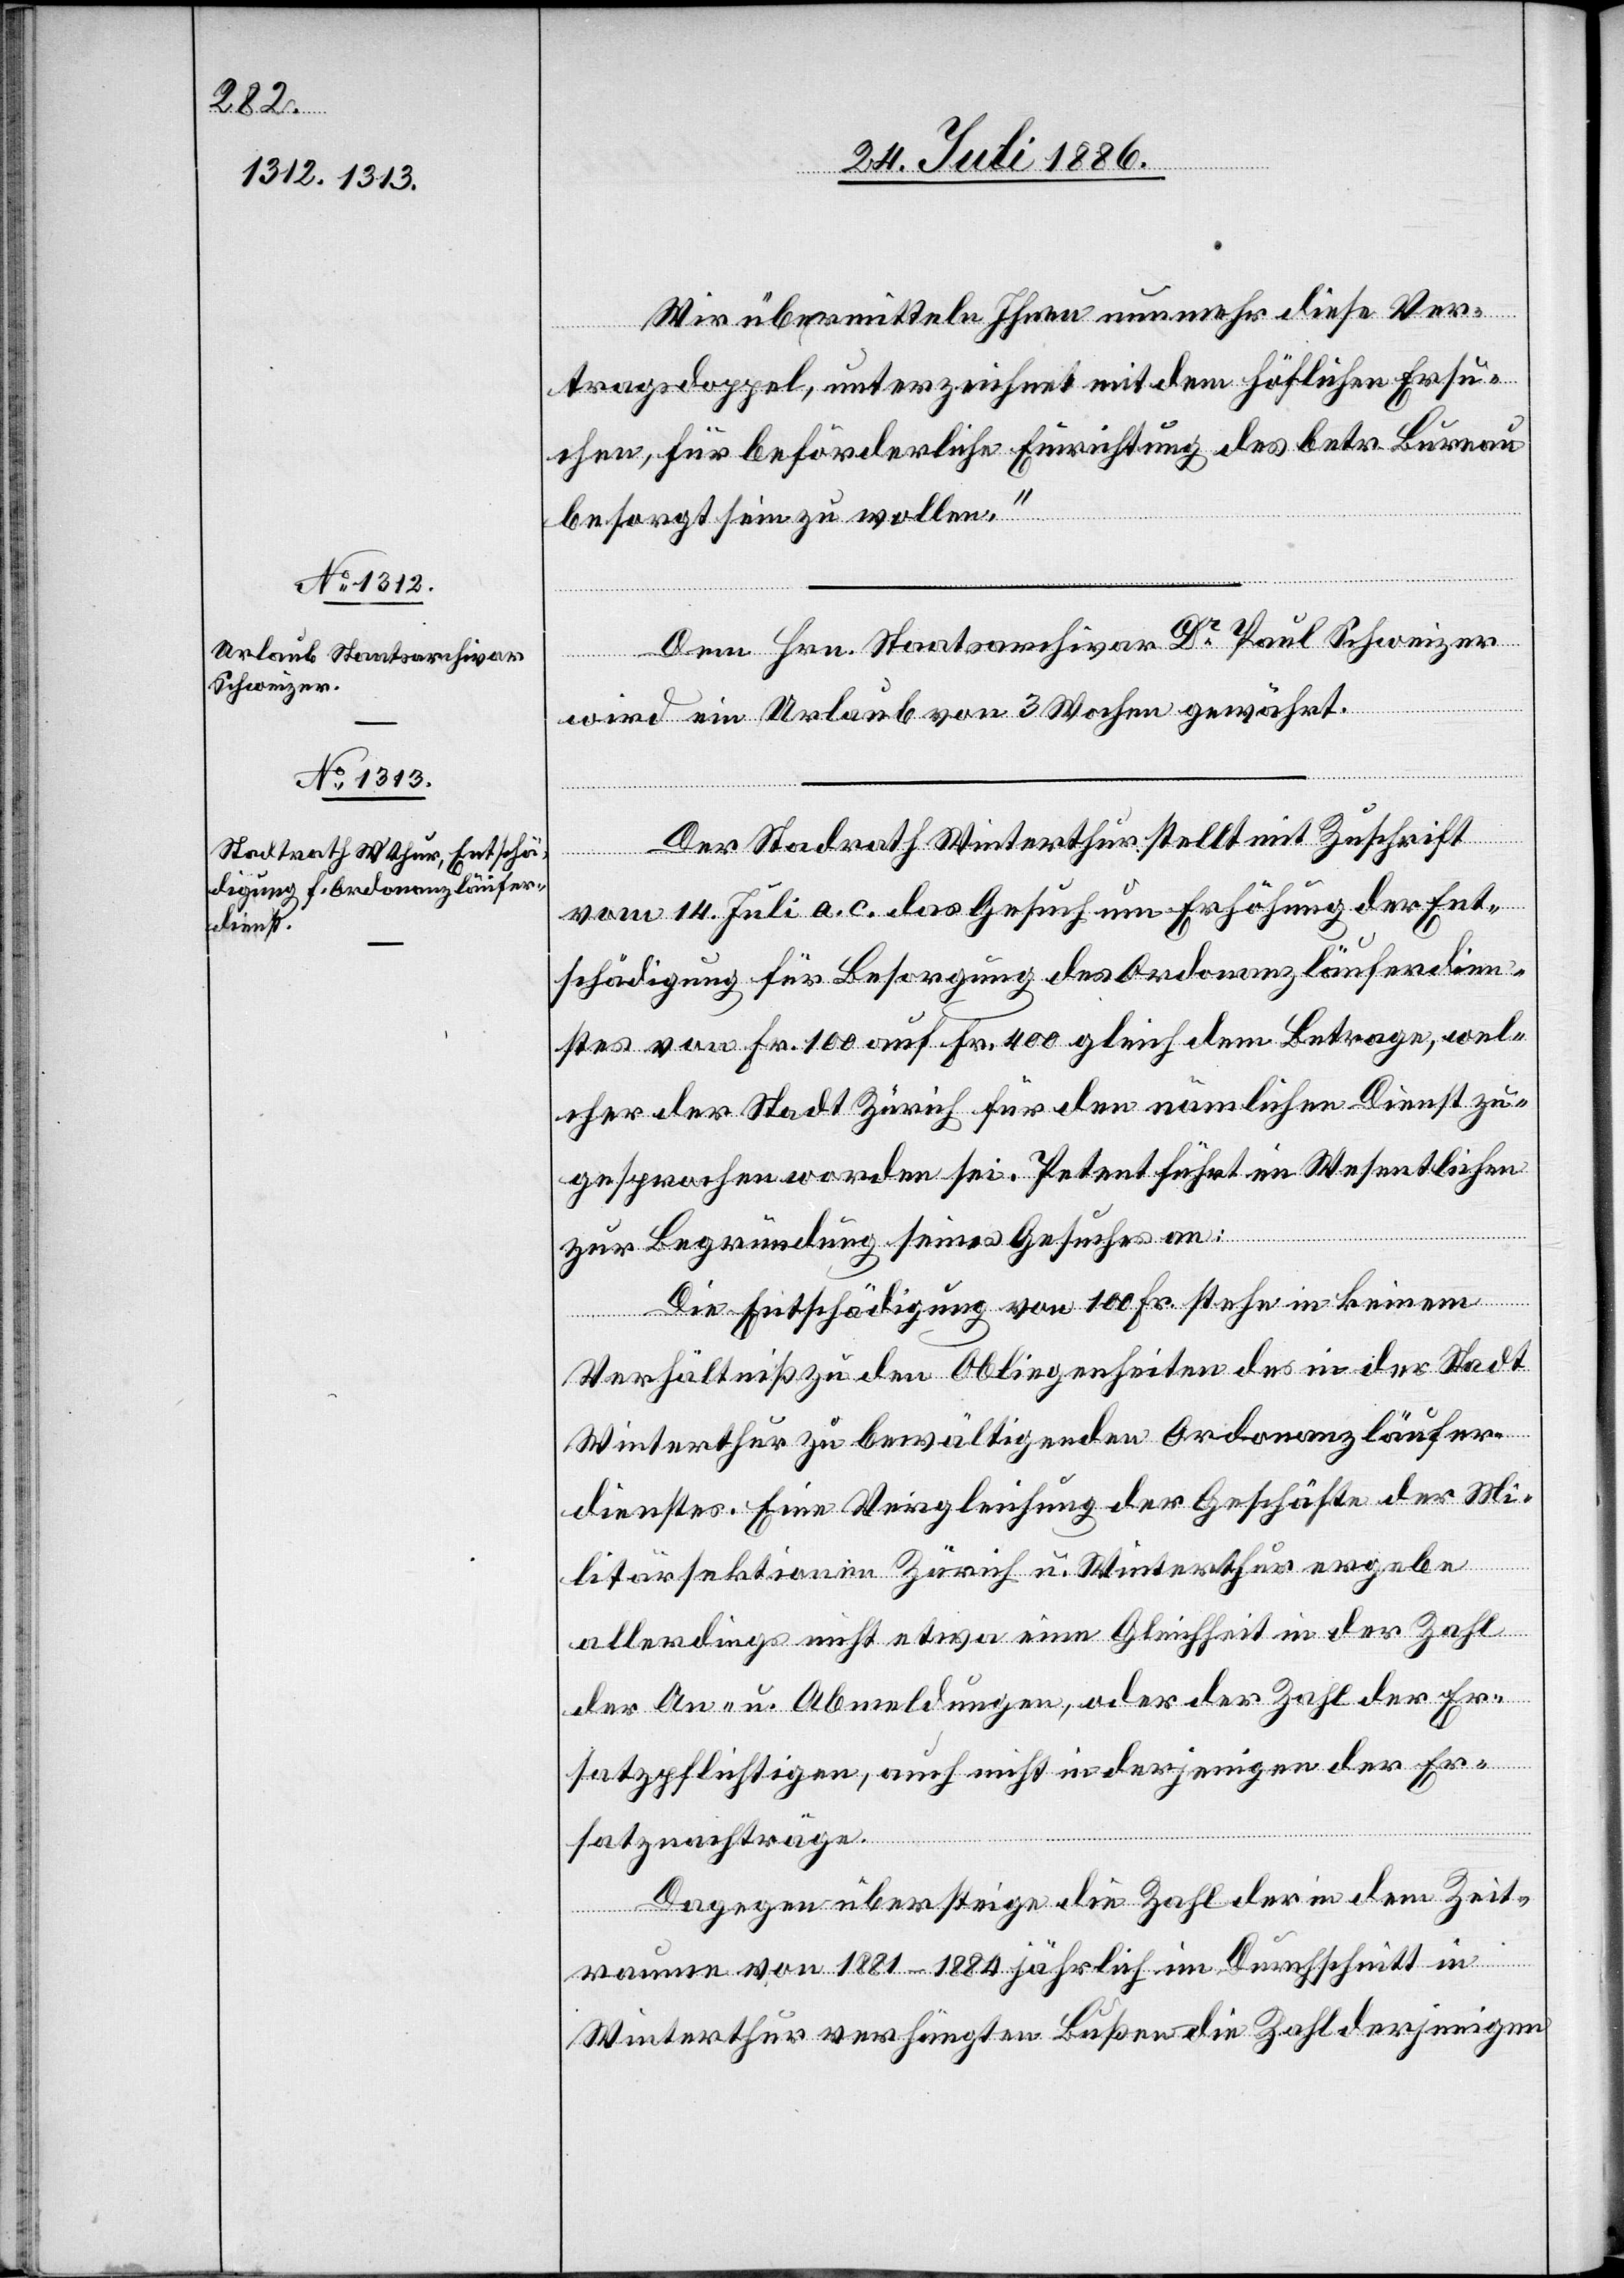
Wir übermitteln Ihnen nunmehr diese Ver¬
tragsdoppel, unterzeichnet mit dem höflichen Ersu¬
chen, für beförderliche Errichtung des betr. Bureau
besorgt sein zu wollen.“
Dem Hrn. Staatsarchivar Dr Paul Schweizer
wird ein Urlaub von 3 Wochen gewährt.
Der Stadtrath Winterthur stellt mit Zuschrift
vom 14. Juli a. c. das Gesuch um Erhöhung der Ent¬
schädigung für Besorgung des Ordonanzläuferdien¬
stes von Fr. 100 auf Fr. 400 gleich dem Betrage, wel¬
cher der Stadt Zürich für den nämlichen Dienst zu¬
gesprochen worden sei. Petent führt im Wesentlichen
zur Begründung seines Gesuches an:
Die Entschädigung von 100 Fr. stehe in keinem
Verhältniß zu den Obliegenheiten des in der Stadt
Winterthur zu bewältigenden Ordonanzläufer¬
dienstes. Eine Vergleichung der Geschäfte der Mi¬
litärsektionen Zürich u. Winterthur ergebe
allerdings nicht etwa eine Gleichheit in der Zahl
der An- u. Abmeldungen, oder der Zahl der Er¬
satzpflichtigen, auch nicht in derjenigen der Er¬
satzaufträge.
Dagegen übersteige die Zahl der in dem Zeit¬
raume von 1881–1884 jährlich im Durchschnitt in
Winterthur verhängten Bußen die Zahl derjenigen